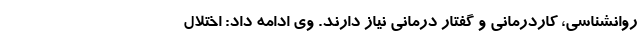
روانشناسی، کاردرمانی و گفتار درمانی نیاز دارند. وی ادامه داد: اختلال